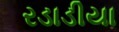
રડાડીયા